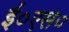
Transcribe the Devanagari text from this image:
ई०एस०